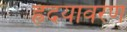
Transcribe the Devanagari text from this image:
ह्रदयावरण